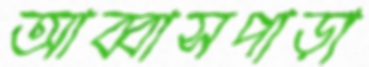
আব্বাসপাড়া